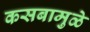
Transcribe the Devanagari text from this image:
कसबामुळे